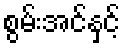
စွမ်းအင်နှင့်